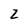
Character: Z